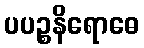
ပပဉ္စနိရောဓေ